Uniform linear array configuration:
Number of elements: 48
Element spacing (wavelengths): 0.5
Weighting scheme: hann
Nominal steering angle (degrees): -30
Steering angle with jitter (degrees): -29.309
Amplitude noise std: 0.05
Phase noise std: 0.05

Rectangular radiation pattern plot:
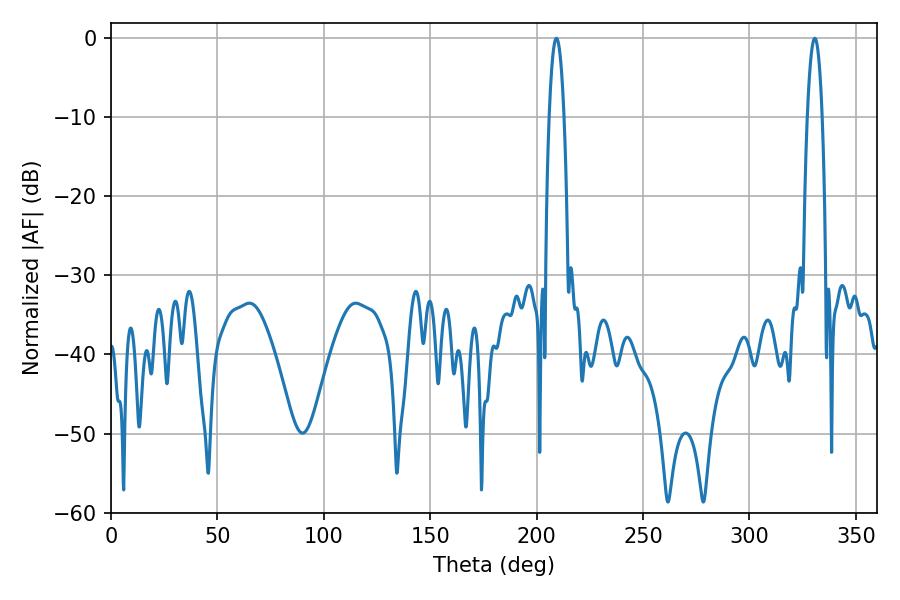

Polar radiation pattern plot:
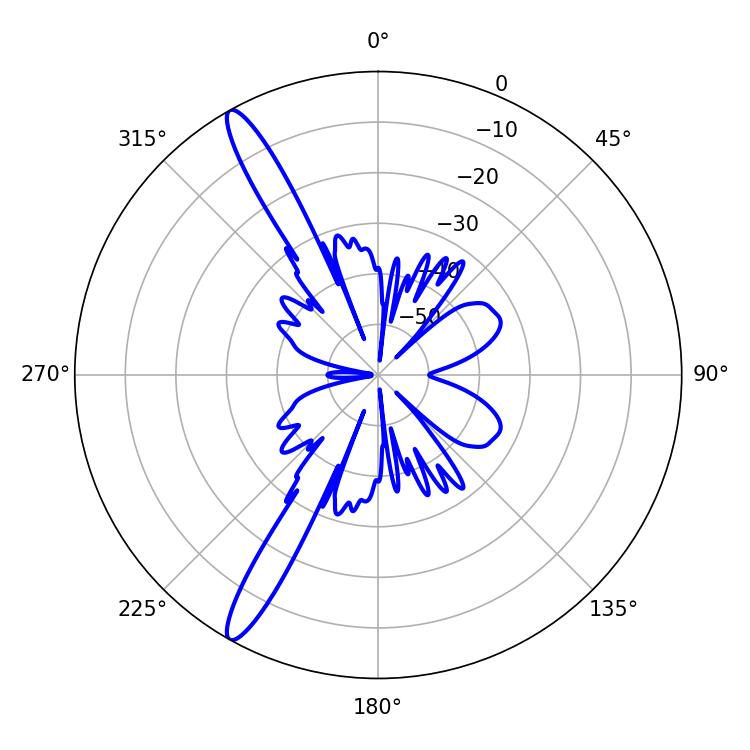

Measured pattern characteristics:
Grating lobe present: FALSE
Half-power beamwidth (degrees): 3.96
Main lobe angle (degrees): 330.66